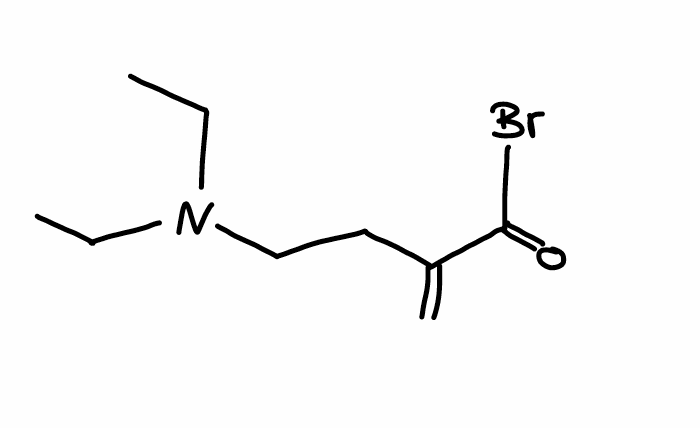
Simplified molecular-input line-entry system (SMILES) notation of the given molecule:
CCN(CC)CCC(=C)C(=O)Br